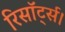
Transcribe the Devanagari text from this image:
रिसॉर्ट्स।